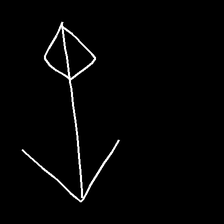
Glyph: focus